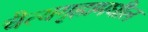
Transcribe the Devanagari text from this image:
चैत्यगृहामधील